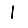
Digit: 1